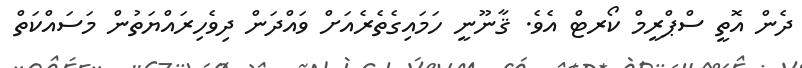
ދެން އޮތީ ސްޕްރީމް ކޯރޓް އެވެ. ޤާނޫނީ ހަމައިގެތެރެއަށް ވައްދަން ދިވެހިރައްޔަތުން މަސައްކަތް